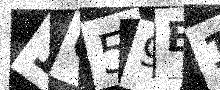
Text: 1Q59B1